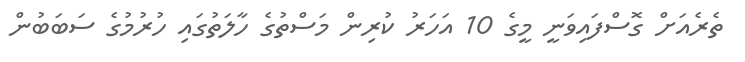
ތެރެއަށް ގޮސްފައިވަނީ މީގެ 10 އަހަރު ކުރިން މަސްތުގެ ހާލަތުގައި ހުރުމުގެ ސަބަބުން